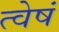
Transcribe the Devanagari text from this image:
त्वेषं